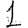
Digit: 1